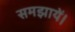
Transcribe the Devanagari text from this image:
समझायें।